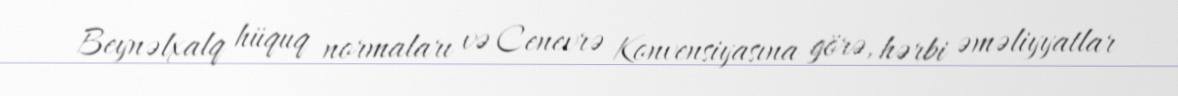
Beynəlxalq hüquq normaları və Cenevrə Konvensiyasına görə, hərbi əməliyyatlar